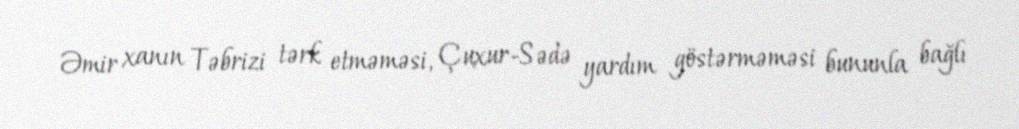
Əmir xanın Təbrizi tərk etməməsi, Çuxur-Sədə yardım göstərməməsi bununla bağlı